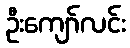
ဦးကျော်လင်း